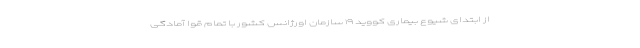
از ابتدای شیوع بیماری کووید ١٩ سازمان اورژانس کشور با تمام قوا آمادگی